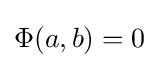
\Phi (a,b)=0